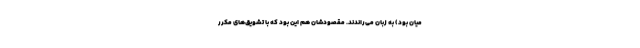
میان بود) به زبان می‌راندند. مقصودشان هم این بود که با تشویق‌های مکرر